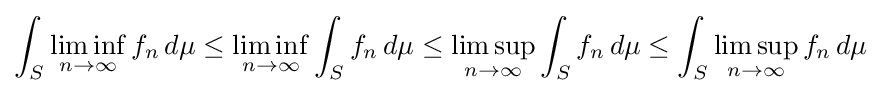
\int _{S}\liminf _{n\to \infty }f_{n}\,d\mu \leq \liminf _{n\to \infty }\int _{S}f_{n}\,d\mu \leq \limsup _{n\to \infty }\int _{S}f_{n}\,d\mu \leq \int _{S}\limsup _{n\to \infty }f_{n}\,d\mu